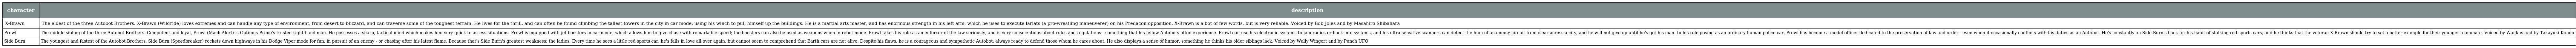
| character | description |
 | --- | --- |
 | X-Brawn | The eldest of the three Autobot Brothers. X-Brawn (Wildride) loves extremes and can handle any type of environment, from desert to blizzard, and can traverse some of the toughest terrain. He lives for the thrill, and can often be found climbing the tallest towers in the city in car mode, using his winch to pull himself up the buildings. He is a martial arts master, and has enormous strength in his left arm, which he uses to execute lariats (a pro-wrestling maneuverer) on his Predacon opposition. X-Brawn is a bot of few words, but is very reliable. Voiced by Bob Joles and by Masahiro Shibahara |
 | Prowl | The middle sibling of the three Autobot Brothers. Competent and loyal, Prowl (Mach Alert) is Optimus Prime's trusted right-hand man. He possesses a sharp, tactical mind which makes him very quick to assess situations. Prowl is equipped with jet boosters in car mode, which allows him to give chase with remarkable speed; the boosters can also be used as weapons when in robot mode. Prowl takes his role as an enforcer of the law seriously, and is very conscientious about rules and regulations—something that his fellow Autobots often experience. Prowl can use his electronic systems to jam radios or hack into systems, and his ultra-sensitive scanners can detect the hum of an enemy circuit from clear across a city, and he will not give up until he's got his man. In his role posing as an ordinary human police car, Prowl has become a model officer dedicated to the preservation of law and order - even when it occasionally conflicts with his duties as an Autobot. He's constantly on Side Burn's back for his habit of stalking red sports cars, and he thinks that the veteran X-Brawn should try to set a better example for their younger teammate. Voiced by Wankus and by Takayuki Kondo |
 | Side Burn | The youngest and fastest of the Autobot Brothers, Side Burn (Speedbreaker) rockets down highways in his Dodge Viper mode for fun, in pursuit of an enemy - or chasing after his latest flame. Because that's Side Burn's greatest weakness: the ladies. Every time he sees a little red sports car, he's falls in love all over again, but cannot seem to comprehend that Earth cars are not alive. Despite his flaws, he is a courageous and sympathetic Autobot, always ready to defend those whom he cares about. He also displays a sense of humor, something he thinks his older siblings lack. Voiced by Wally Wingert and by Punch UFO |